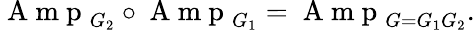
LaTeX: \mathrm{~A~m~p~}_{G_{2}}\circ\mathrm{~A~m~p~}_{G_{1}}=\mathrm{~A~m~p~}_{G=G_{1}G_{2}}.